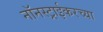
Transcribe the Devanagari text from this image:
नॉनस्ट्राईकरच्या